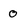
Character: 0